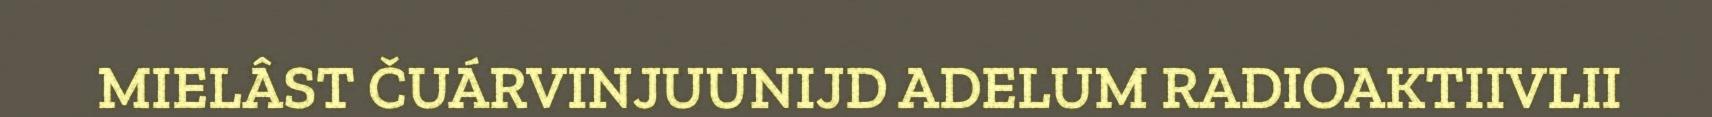
MIELÂST ČUÁRVINJUUNIJD ADELUM RADIOAKTIIVLII